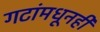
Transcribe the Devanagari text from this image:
गटांमधूनही